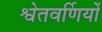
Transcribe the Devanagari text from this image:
श्वेतवर्णियों